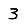
Digit: 3